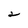
Character: 4